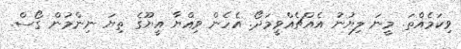
ވިކަމެއްތަ. މީނަ ލިޔުނު އެއްޗެއްވީމަދޯ. އެހެން ވިއްޔާ އީޔޫގެ ތިޔަ ނިންމުން ގޯސް.